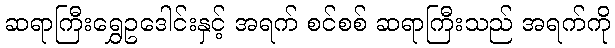
ဆရာကြီးရွှေဥဒေါင်းနှင့် အရက် စင်စစ် ဆရာကြီးသည် အရက်ကို